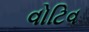
વોટિવ